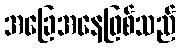
အခြေအနေဖြစ်သည်